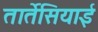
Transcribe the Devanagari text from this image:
तार्तेसियाई